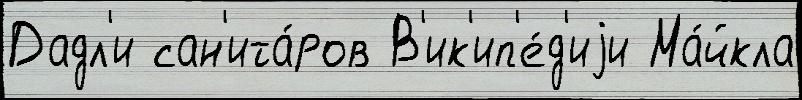
Дадл'и сан'ита́ров В'ик'ип'е́д'иjи Ма́йкла